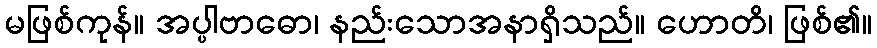
မဖြစ်ကုန်။ အပ္ပါဗာဓော၊ နည်းသောအနာရှိသည်။ ဟောတိ၊ ဖြစ်၏။